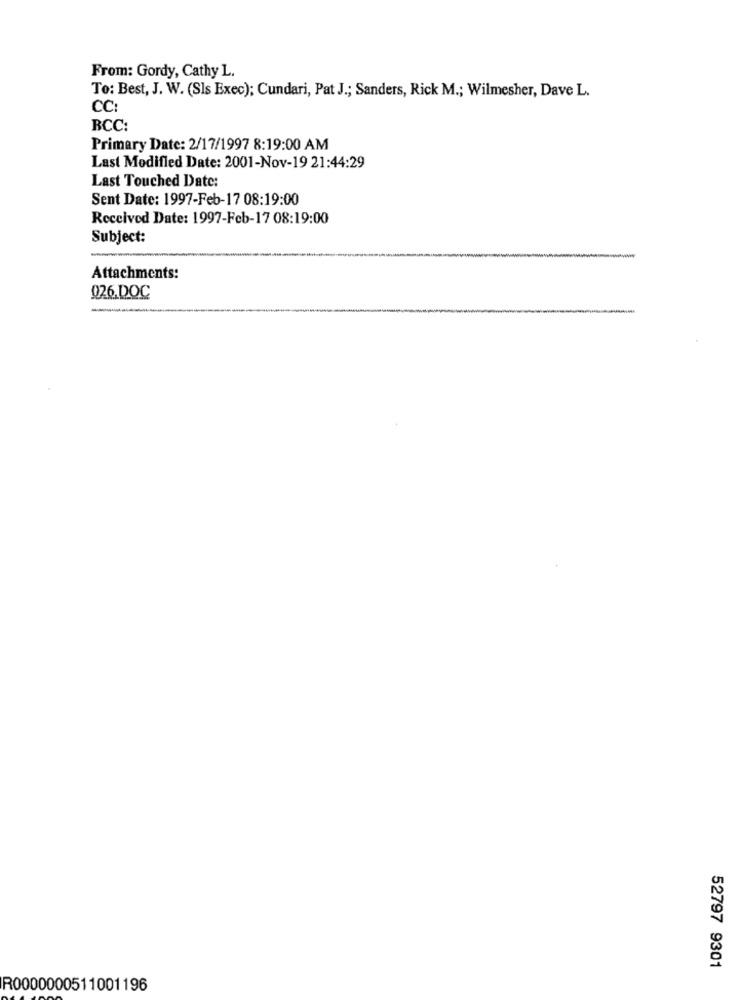
From: Gordy, Cathy L.
To: Best, J. W. (Sls Exec); Cundari, Pat J .; Sanders, Rick M .; Wilmesher, Dave L.
CC:
BCC:
Primary Date: 2/17/1997 8:19:00 AM
Last Modified Date: 2001-Nov-19 21:44:29
Last Touched Date:
Sent Date: 1997-Feb-17 08:19:00
Received Date: 1997-Feb-17 08:19:00
Subject:
Attachments:
026.DOC
52797 9301
R0000000511001196